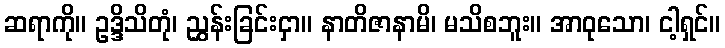
ဆရာကို။ ဥဒ္ဒိသိတုံ၊ ညွှန်းခြင်းငှာ။ နာတိဇာနာမိ၊ မသိစဘူး။ အာဝုသော၊ ငါ့ရှင်။